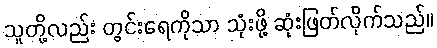
သူတို့လည်း တွင်းရေကိုသာ သုံးဖို့ ဆုံးဖြတ်လိုက်သည်။